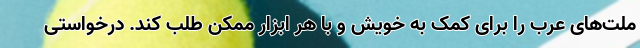
ملت‌های عرب را برای کمک به خویش و با هر ابزار ممکن طلب کند. درخواستی